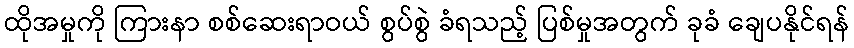
ထိုအမှုကို ကြားနာ စစ်ဆေးရာဝယ် စွပ်စွဲ ခံရသည့် ပြစ်မှုအတွက် ခုခံ ချေပနိုင်ရန်